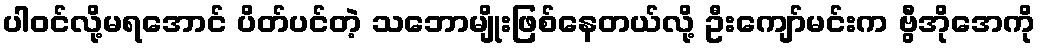
ပါဝင်လို့မရအောင် ပိတ်ပင်တဲ့ သဘောမျိုးဖြစ်နေတယ်လို့ ဦးကျော်မင်းက ဗွီအိုအေကို